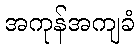
အကုန်အကျခံ